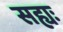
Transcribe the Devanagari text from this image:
सह्यः